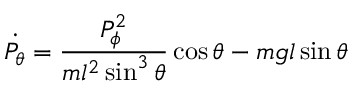
{ \dot { P _ { \theta } } } = { \frac { P _ { \phi } ^ { 2 } } { m l ^ { 2 } \sin ^ { 3 } \theta } } \cos \theta - m g l \sin \theta